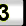
Digit: 3